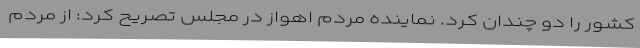
کشور را دو چندان کرد. نماینده مردم اهواز در مجلس تصریح کرد: از مردم